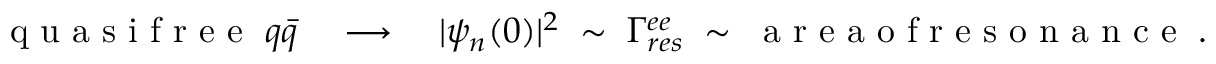
\begin{array} { r } { \textrm { q u a s i f r e e } \; q \bar { q } \quad \longrightarrow \quad | \psi _ { n } ( 0 ) | ^ { 2 } \; \sim \; \Gamma _ { r e s } ^ { e e } \; \sim \; \textrm { a r e a o f r e s o n a n c e } \; . } \end{array}